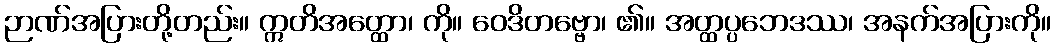
ဉာဏ်အပြားတို့တည်း။ ဣတိအတ္ထော၊ ကို။ ဝေဒိတဗ္ဗော၊ ၏။ အတ္ထပ္ပဘေဒဿ၊ အနက်အပြားကို။